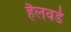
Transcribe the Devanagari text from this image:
हैलवर्डे